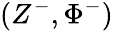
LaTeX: (Z^{-},\Phi^{-})